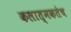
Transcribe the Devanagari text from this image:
कलात्मकतेच